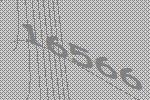
16566